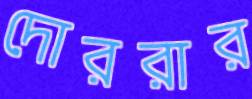
দোররার